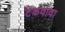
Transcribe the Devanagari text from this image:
टेकवावा